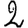
Digit: 2